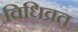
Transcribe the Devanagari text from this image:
विधिव्रत